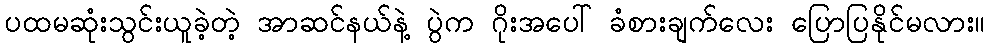
ပထမဆုံးသွင်းယူခဲ့တဲ့ အာဆင်နယ်နဲ့ ပွဲက ဂိုးအပေါ် ခံစားချက်လေး ပြောပြနိုင်မလား။